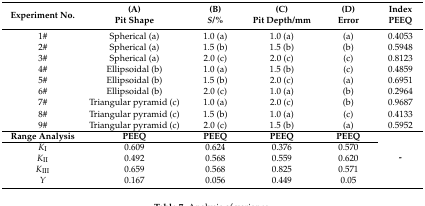
<table><thead><tr><td rowspan="2"><b>Experiment No.</b></td><td><b>(A)</b></td><td><b>(B)</b></td><td><b>(C)</b></td><td><b>(D)</b></td><td><b>Index</b></td></tr><tr><td><b>Pit Shape</b></td><td><b><i>S/</i>%</b></td><td><b>Pit Depth/mm</b></td><td><b>Error</b></td><td><b>PEEQ</b></td></tr></thead><tbody><tr><td>1#</td><td>Spherical (a)</td><td>1.0 (a)</td><td>1.0 (a)</td><td>(a)</td><td>0.4053</td></tr><tr><td>2#</td><td>Spherical (a)</td><td>1.5 (b)</td><td>1.5 (b)</td><td>(b)</td><td>0.5948</td></tr><tr><td>3#</td><td>Spherical (a)</td><td>2.0 (c)</td><td>2.0 (c)</td><td>(c)</td><td>0.8123</td></tr><tr><td>4#</td><td>Ellipsoidal (b)</td><td>1.0 (a)</td><td>1.5 (b)</td><td>(c)</td><td>0.4859</td></tr><tr><td>5#</td><td>Ellipsoidal (b)</td><td>1.5 (b)</td><td>2.0 (c)</td><td>(a)</td><td>0.6951</td></tr><tr><td>6#</td><td>Ellipsoidal (b)</td><td>2.0 (c)</td><td>1.0 (a)</td><td>(b)</td><td>0.2964</td></tr><tr><td>7#</td><td>Triangular pyramid (c)</td><td>1.0 (a)</td><td>2.0 (c)</td><td>(b)</td><td>0.9687</td></tr><tr><td>8#</td><td>Triangular pyramid (c)</td><td>1.5 (b)</td><td>1.0 (a)</td><td>(c)</td><td>0.4133</td></tr><tr><td>9#</td><td>Triangular pyramid (c)</td><td>2.0 (c)</td><td>1.5 (b)</td><td>(a)</td><td>0.5952</td></tr><tr><td><b>Range Analysis</b></td><td><b>PEEQ</b></td><td><b>PEEQ</b></td><td><b>PEEQ</b></td><td><b>PEEQ</b></td><td rowspan="5"><b>-</b></td></tr><tr><td><i>K</i><sub>I</sub></td><td>0.609</td><td>0.624</td><td>0.376</td><td>0.570</td></tr><tr><td><i>K</i><sub>II</sub></td><td>0.492</td><td>0.568</td><td>0.559</td><td>0.620</td></tr><tr><td><i>K</i><sub>III</sub></td><td>0.659</td><td>0.568</td><td>0.825</td><td>0.571</td></tr><tr><td><i>Y</i></td><td>0.167</td><td>0.056</td><td>0.449</td><td>0.05</td></tr></tbody></table>